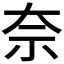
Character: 奈